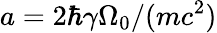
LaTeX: a=2\hbar\gamma\Omega_{0}/(mc^{2})